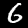
Label: 6